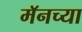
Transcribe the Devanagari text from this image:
मॅनच्या